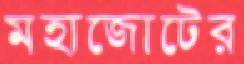
মহাজোটের